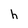
Character: h